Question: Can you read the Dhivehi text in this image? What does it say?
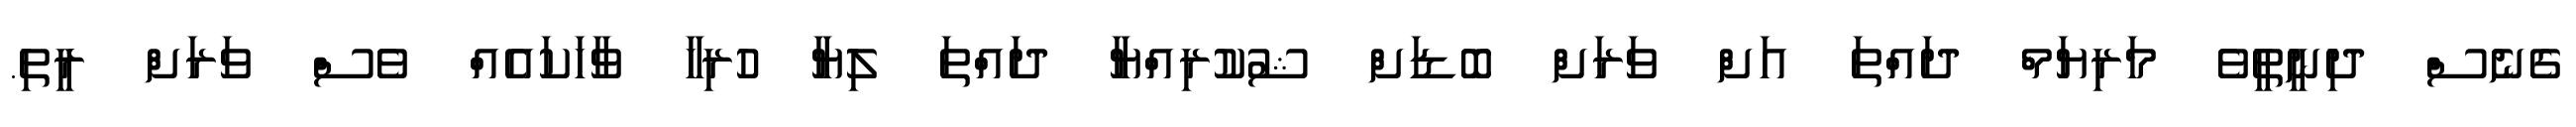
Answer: ގެނެސް ދިނީތީވެ މަރިޔަމް ދައްތަ އަށް ވަރަށް ބޮޑަށް ޝުކުރިއްޔާ ދައްތަ ލިޔާ ހުރިހާ ވާހަކައެއް ވެސް ވަރަށް ރީތި.